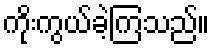
ကိုးကွယ်ခဲ့ကြသည်။